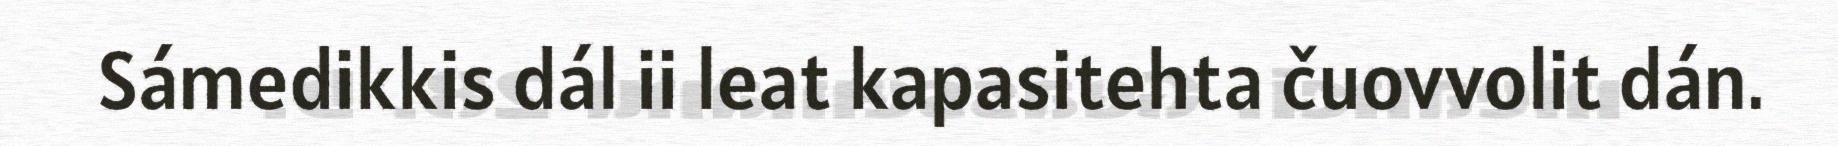
Sámedikkis dál ii leat kapasitehta čuovvolit dán.